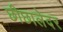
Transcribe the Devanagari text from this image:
छीछालेदर